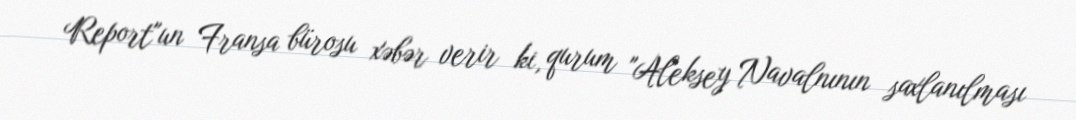
Report"un Fransa bürosu xəbər verir ki, qurum "Aleksey Navalnının saxlanılması